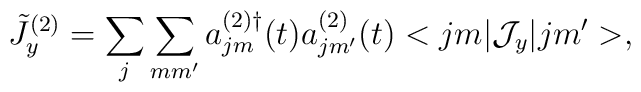
\tilde{J}_{y}^{(2)}=\sum_{j}\sum_{mm^{\prime}} a_{jm}^{(2) \dag}(t)                    a_{jm^{\prime}}^{(2)} (t) <jm|{\cal J}_{y} |jm^{\prime}>,